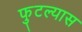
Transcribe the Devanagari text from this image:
फुटल्यास